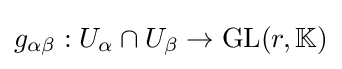
g_{\alpha \beta }:U_{\alpha }\cap U_{\beta }\to \operatorname {GL} (r,\mathbb {K} )